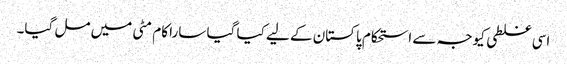
اسی غلطی کیوجہ سے استحکام پاکستان کے لیے کیا گیا سارا کام مٹی میں مل گیا۔